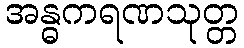
အန္ဓကရဏသုတ္တ